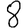
Digit: 8